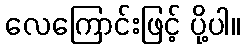
လေကြောင်းဖြင့် ပို့ပါ။